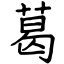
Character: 葛